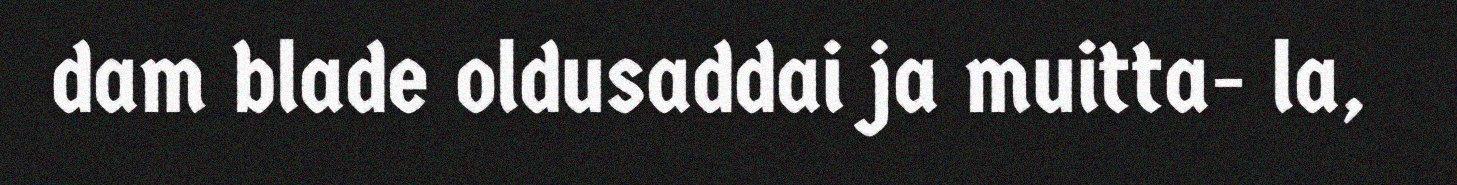
dam blade oldusaddai ja muitta- la,